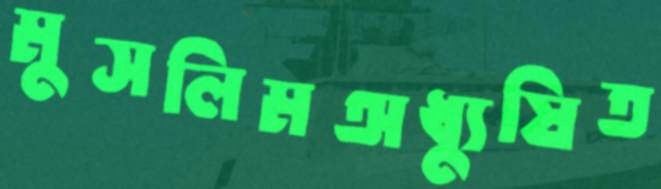
মুসলিমঅধ্যুষিত